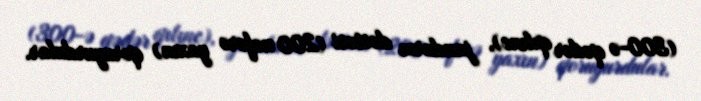
(300-ə qədər qılınc), jandarm dəstəsi (200 nəfərə yaxın) qoruyurdular.